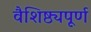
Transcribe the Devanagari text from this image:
वैशिष्ठ्यपूर्ण